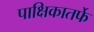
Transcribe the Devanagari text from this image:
पाक्षिकातर्फे